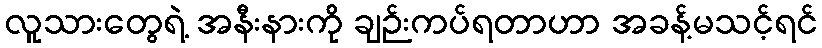
လူသားတွေရဲ့ အနီးနားကို ချဉ်းကပ်ရတာဟာ အခန့်မသင့်ရင်